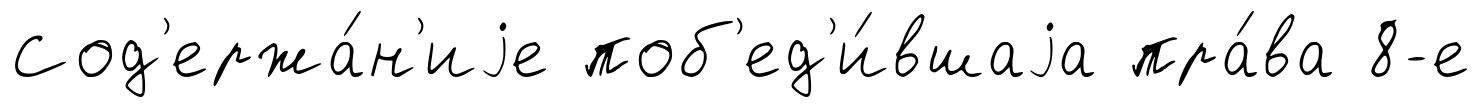
Сод'ержа́н'иjе поб'ед'и́вшаjа пра́ва 8-е